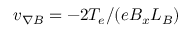
v _ { \nabla B } = - 2 T _ { e } / ( e B _ { x } L _ { B } )